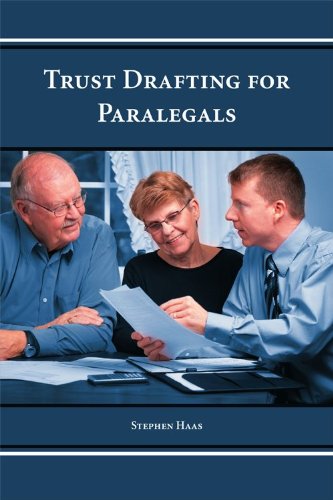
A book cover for Trust Drafting for Paralegals; Stephen Haas; Law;